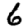
Digit: 6